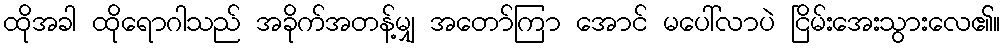
ထိုအခါ ထိုရောဂါသည် အခိုက်အတန့်မျှ အတော်ကြာ အောင် မပေါ်လာပဲ ငြိမ်းအေးသွားလေ၏။